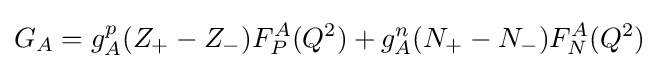
G_{A}=g_{A}^{p}(Z_{+}-Z_{-})F_{P}^{A}(Q^{2})+g_{A}^{n}(N_{+}-N_{-})F_{N}^{A}(Q^{2})